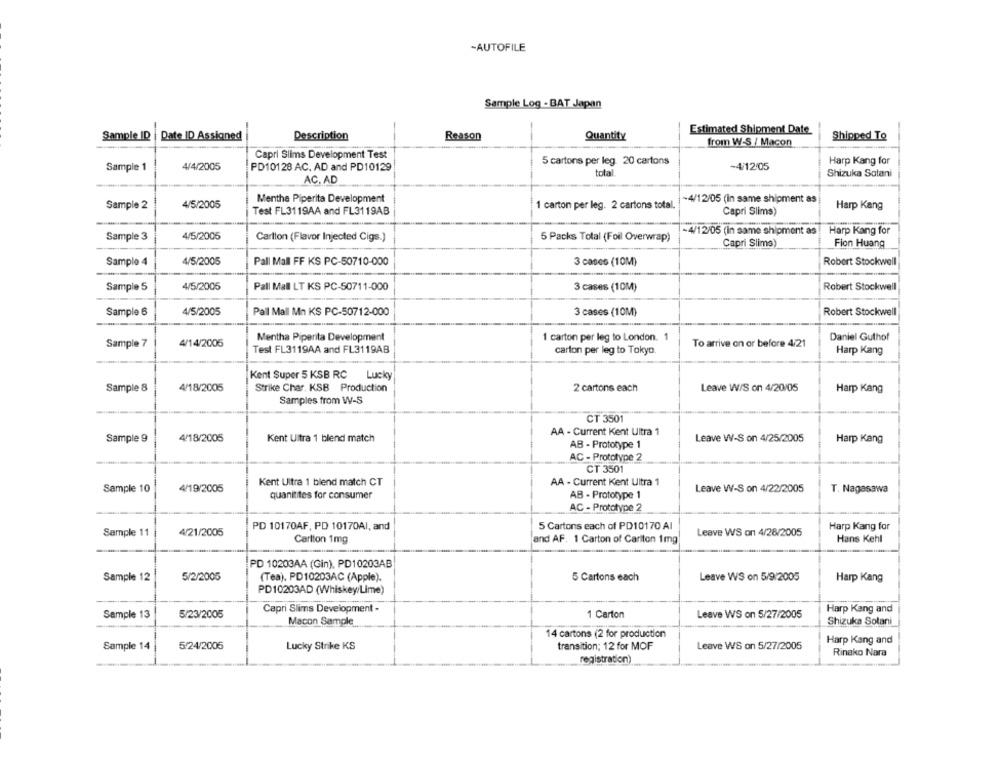
-AUTOFILE
Sample Log - BAT Japan
Sample ID | Date ID Assigned
Description
Reason
Quantity
Estimated Shipment Date
Shipped To
from W-S / Macon
Capri Slims Development Test
5 cartons per leg. 20 cartons
Harp Kang for
Sample 1
4/4/2005
PD10128 AC. AD and PD10129
-4/12/05
total
Shizuka Sotani
AC. AD
Mentha Piperita Development
-4/12/05 (in same shipment as
Sample 2
4/5/2005
1 carton per leg. 2 cartons total.
Harp Kang
Test FL3119AA and FL3119AB
Capri Slims)
Sample 3
4/5/2005
~4/12/05 (in same shipment as
Harp Kang for
Carlton (Flavor Injected Cigs.)
5 Packs Total (Foil Overwrap)
Capri Slims)
Fion Huang
Sample 4
4/5/2005
Pall Mall FF KS PC-50710-000
3 cases (10M)
Robert Stockwell
Sample 5
4/5/2005
Pall Mall LT KS PC-50711-000
3 cases (10M)
Robert Stockwell
Sample 6
4/5/2005
Pall Mall Mn KS PC-50712-000
3 cases (10M)
Robert Stockwell
4/14/2005
Mentha Piperita Development
1 carton per leg to London. 1
To arrive on or before 4/21
Daniel Guthof
Sample 7
Test FL3119AA and FL3119AB
carton per leg to Tokyo
Harp Kang
Kent Super 5 KSB RC
Lucky
Sample 8
4/18/2005
Strike Char. KSB Production
2 cartons each
Leave W/S on 4/20/05
Harp Kang
Samples from W-S
CT 3501
AA - Current Kent Ultra 1
Sample 9
4/18/2005
Kent Ultra 1 blend match
Leave W-S on 4/25/2005
Harp Kang
AB - Prototype 1
AC - Prototype 2
CT 3501
4/19/2005
Kent Ultra 1 blend match CT
AA - Current Kent Ultra 1
Sample 10
quanitites for consumer
AB - Prototype 1
Leave W-S on 4/22/2005
T. Nagasawa
AC - Prototype 2
PD 10170AF, PD 10170AI, and
5 Cartons each of PD10170 AI
Harp Kang for
Sample 11
4/21/2005
Leave WS on 4/28/2005
Carlton 1mg
and AF. 1 Carton of Cariton 1mg
Hans Kehl
PD 10203AA (Gin), PD10203AB
Sample 12
5/2/2005
(Tea). PD10203AC (Apple).
5 Cartons each
Leave WS on 5/9/2005
Harp Kang
PD10203AD (Whiskey/Lime)
Capri Slims Development -
Harp Kang and
Sample 13
5/23/2005
1 Carton
Leave WS on 5/27/2005
Macon Sample
Shizuka Solani
14 cartons (2 for production
Harp Kang and
Sample 14
5/24/2005
Lucky Strike KS
transition; 12 for MOF
Leave WS on 5/27/2005
Rinako Nara
registration)